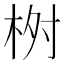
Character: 𣑣